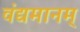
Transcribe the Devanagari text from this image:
वंद्यमानम्